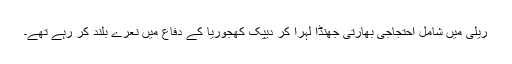
ریلی میں شامل احتجاجی بھارتی جھنڈا لہرا کر دیپک کھجوریا کے دفاع میں نعرے بلند کر رہے تھے۔